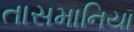
તાસમાનિયા